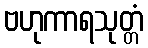
ဗဟုကာရသုတ္တံ